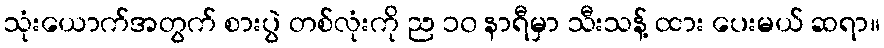
သုံးယောက်အတွက် စားပွဲ တစ်လုံးကို ည ၁၀ နာရီမှာ သီးသန့် ထား ပေးမယ် ဆရာ။